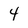
Character: 4